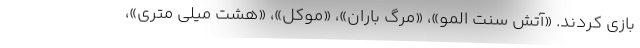
بازی کردند. «آتش سنت المو»، «مرگ باران»، «موکل»، «هشت میلی متری»،